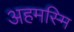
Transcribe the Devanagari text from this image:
अहमस्मि